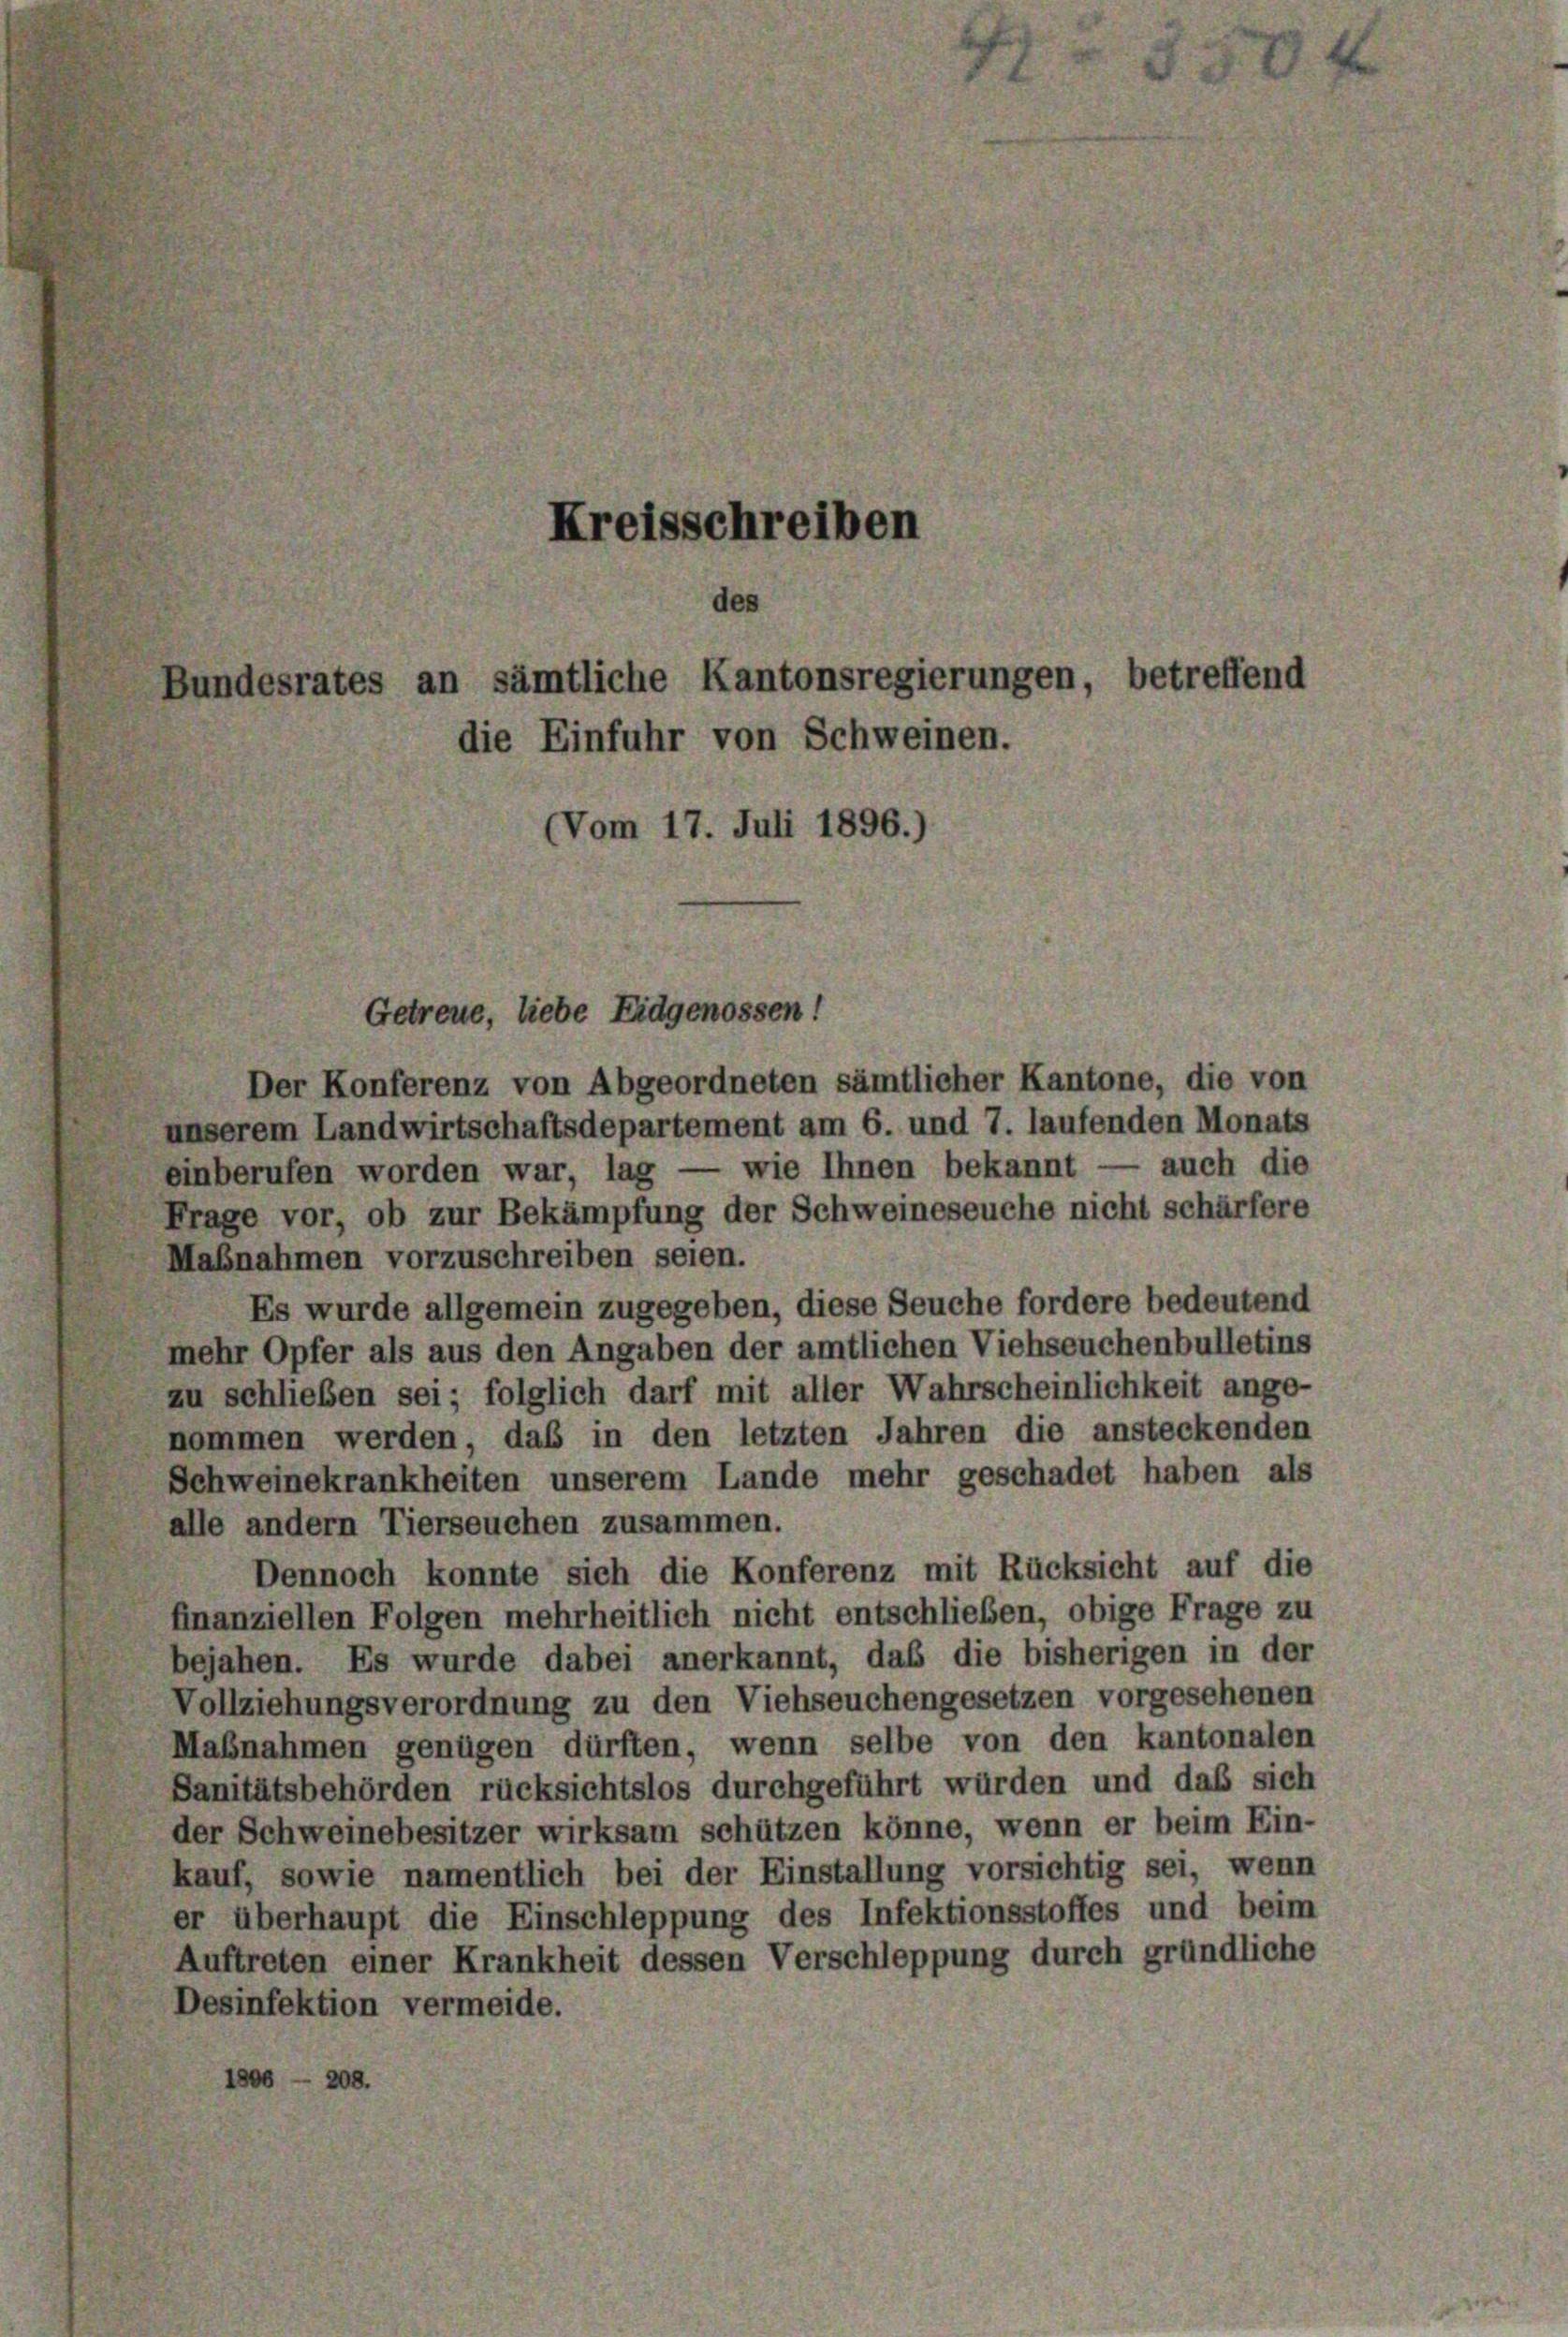
Kreisschreiben
des
Bundesrates an sämtliche Kantonsregierungen, betreffend
die Einfuhr von Schweinen.
Vom 17. Juli 1896.)

Der Konferenz von Abgeordneten sämtlicher Kantone, die von
unserem Landwirtschaftsdepartement am 6. und 7. laufenden Monats
einberufen worden war, lag — wie Ihnen bekannt — auch die
Frage vor, ob zur Bekämpfung der Schweineseuche nicht schärfere
Maßnahmen vorzuschreiben seien.
Es wurde allgemein zugegeben, diese Seuche fordere bedeutend
mehr Opfer als aus den Angaben der amtlichen Viehseuchenbulletins
zu schließen sei; folglich darf mit aller Wahrscheinlichkeit ange-
nommen werden, das in den letzten Jahren die ansteckenden
Schweinekrankheiten unserem Lande mehr geschadet haben als
alle andern Tierseuchen zusammen.
Dennoch konnte sich die Konferenz mit Rücksicht auf die
finanziellen Folgen mehrheitlich nicht entschließen, obige Frage zu
bejahen. Es wurde dabei anerkannt, daß die bisherigen in der
Vollziehungsverordnung zu den Viehseuchengesetzen vorgesehenen
Maßnahmen genügen dürften, wenn selbe von den kantonalen
Sanitätsbehörden rücksichtslos durchgeführt würden und das sich
der Schweinebesitzer wirksam schützen könne, wenn er beim Ein-
kauf, sowie namentlich bei der Einstallung vorsichtig sei, wenn
er überhaupt die Einschleppung des Infektionsstoffes und beim
Auftreten einer Krankheit dessen Verschleppung durch gründliche
Desinfektion vermeide.
1806 - 208.

Getreue, liebe Eidgenossen!